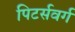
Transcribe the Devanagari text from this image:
पिटर्सवर्ग